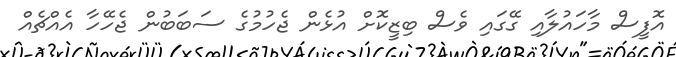
އޮފީސް މާހައުލާއި ގޭގައި ވެސް ބިޒީކޮށް އުޅެން ޖެހުމުގެ ސަބަބުން ޖެހޭހާ އެއްޗެއް